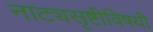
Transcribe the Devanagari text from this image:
नाट्यसृष्टीविषयी